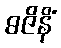
ဓဇိနိံ